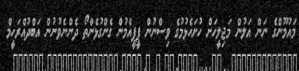
މައުމޫންގެ ނަން އަލުން މަޖިލީހަށް ހުށަހެޅުމުގެ ވިސްނުން ޕީޕީއެމުން ގެންގުޅެންތޯ ދެންނެވުނުން އަބްދުއްރަހީމް